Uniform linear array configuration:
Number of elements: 64
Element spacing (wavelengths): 0.75
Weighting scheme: uniform
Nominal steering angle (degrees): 45
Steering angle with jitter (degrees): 45.353
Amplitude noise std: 0.05
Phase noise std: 0.05

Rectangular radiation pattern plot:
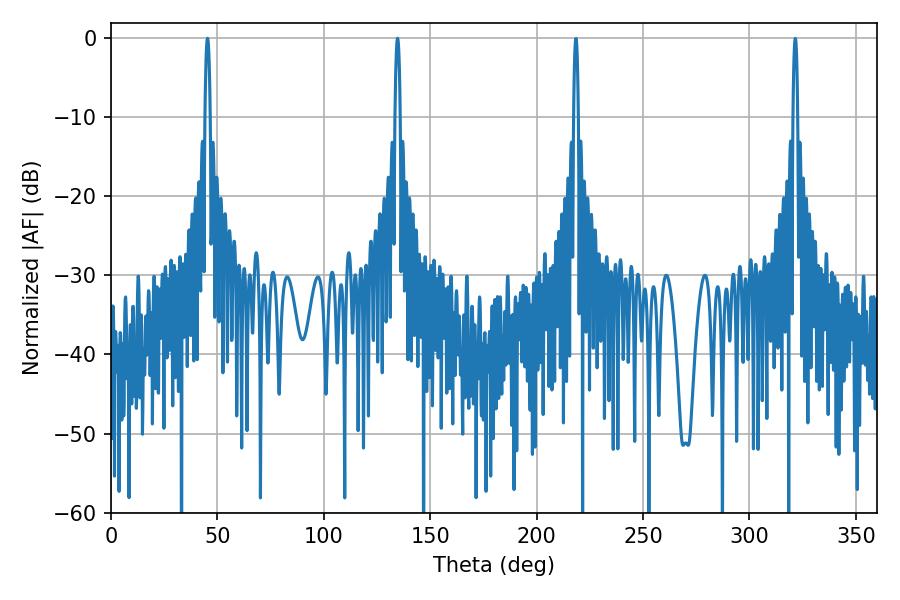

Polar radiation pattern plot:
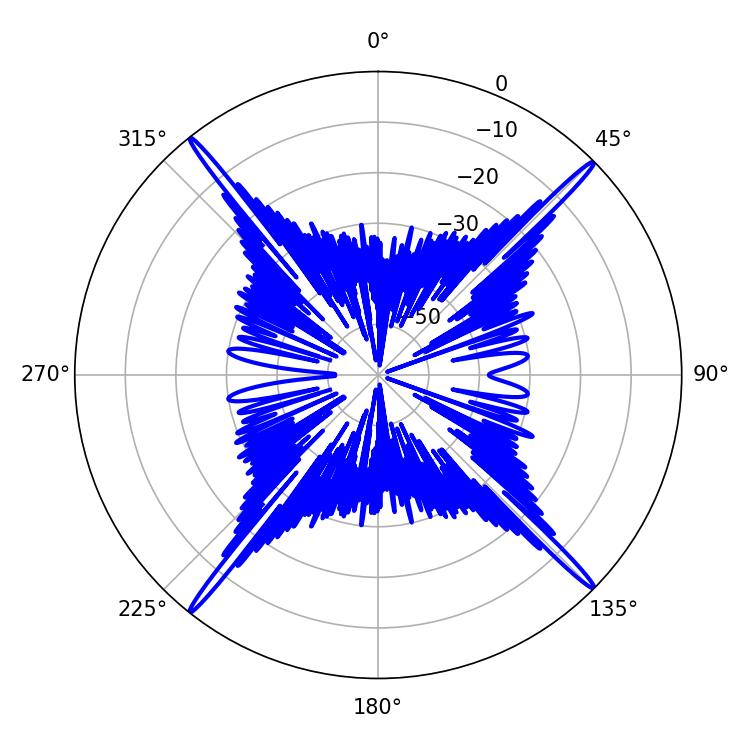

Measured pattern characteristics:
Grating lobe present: TRUE
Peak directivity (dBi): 23.453
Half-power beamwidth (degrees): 1.44
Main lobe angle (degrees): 45.36